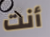
أنت